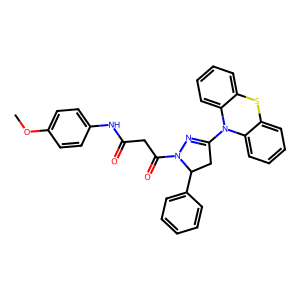
SMILES: COc1ccc(NC(=O)CC(=O)N2N=C(N3c4ccccc4Sc4ccccc43)CC2c2ccccc2)cc1
Inhibits HIV replication: No